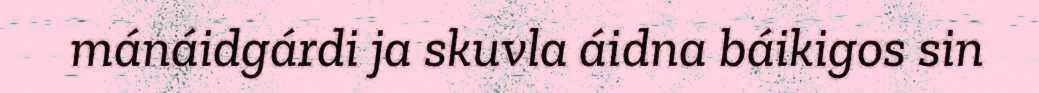
mánáidgárdi ja skuvla áidna báikigos sin